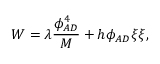
W = \lambda \frac { \phi _ { A D } ^ { 4 } } { M } + h \phi _ { A D } \xi \xi ,